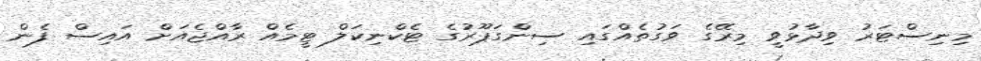
މިނިސްޓަރު ވިދާޅުވީ މިރޭގެ ވަގުތެއްގައި ސިންގަޕޫރުގެ ޓެކްނިކަލް ޓީމެއް ރާއްޖެއަށް އައިސް ފެން